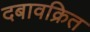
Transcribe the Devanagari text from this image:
दबावक्रित